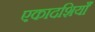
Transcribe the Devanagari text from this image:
एकादशियाँ